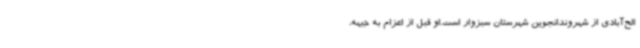
الح‌آبادی از شهروندانجوین شهرستان سبزوار است.او قبل از اعزام به جبهه،